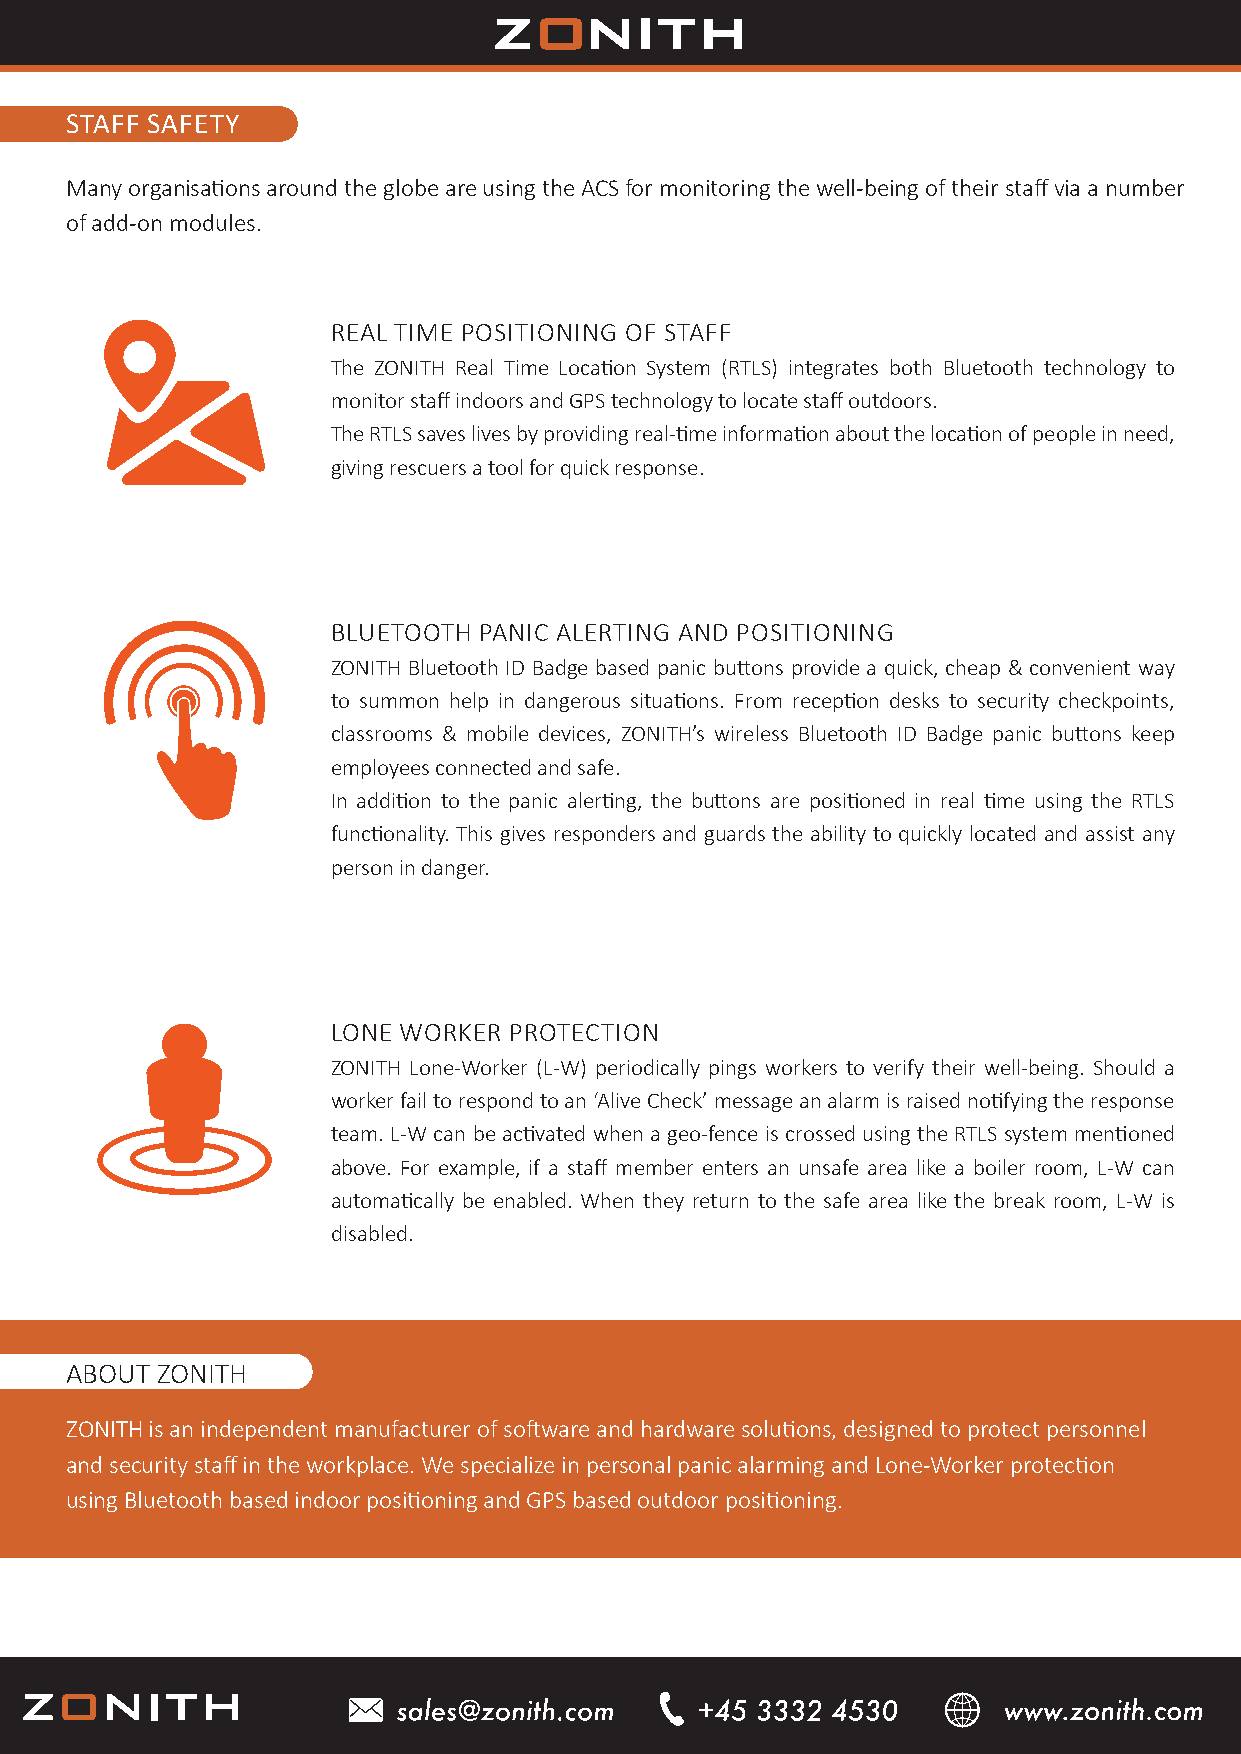
STAFF SAFETY
 Many organisations around the globe are using the ACS for monitoring the well-being of their staff via a number
 of add-on modules.
 REAL TIME POSITIONING OF STAFF
 The ZONITH Real Time Location System (RTLS) integrates both Bluetooth technology to
 monitor staff indoors and GPS technology to locate staff outdoors.
 The RTLS saves lives by providing real-time information about the location of people in need,
 giving rescuers a tool for quick response.
 BLUETOOTH PANIC ALERTING AND POSITIONING
 ZONITH Bluetooth ID Badge based panic buttons provide a quick, cheap & convenient way
 to summon help in dangerous situations. From reception desks to security checkpoints,
 classrooms & mobile devices, ZONITH’s wireless Bluetooth ID Badge panic buttons keep
 employees connected and safe.
 In addition to the panic alerting, the buttons are positioned in real time using the RTLS
 functionality. This gives responders and guards the ability to quickly located and assist any
 person in danger.
 LONE WORKER PROTECTION
 ZONITH Lone-Worker (L-W) periodically pings workers to verify their well-being. Should a
 worker fail to respond to an ‘Alive Check’ message an alarm is raised notifying the response
 team. L-W can be activated when a geo-fence is crossed using the RTLS system mentioned
 above. For example, if a staff member enters an unsafe area like a boiler room, L-W can
 automatically be enabled. When they return to the safe area like the break room, L-W is
 disabled.
 ABOUT ZONITH
 ZONITH is an independent manufacturer of software and hardware solutions, designed to protect personnel
 and security staff in the workplace. We specialize in personal panic alarming and Lone-Worker protection
 using Bluetooth based indoor positioning and GPS based outdoor positioning.